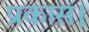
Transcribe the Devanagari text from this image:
प्रकास।